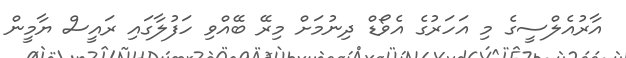
އާރުއެލްސީގެ މި އަހަރުގެ އެވޯޑް ދިނުމަށް މިރޭ ބޭއްވި ހަފުލާގައި ރައީސް ޔާމީން